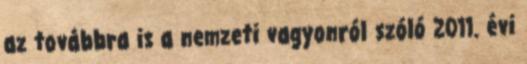
az továbbra is a nemzeti vagyonról szóló 2011. évi